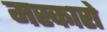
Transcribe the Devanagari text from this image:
मस्कारो